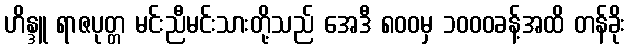
ဟိန္ဒူ ရာဇပုတ္တ မင်းညီမင်းသားတို့သည် အေဒီ ၈၀၀မှ ၁၀၀၀ခန့်အထိ တန်ခိုး